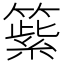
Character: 𥲕